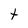
Character: t